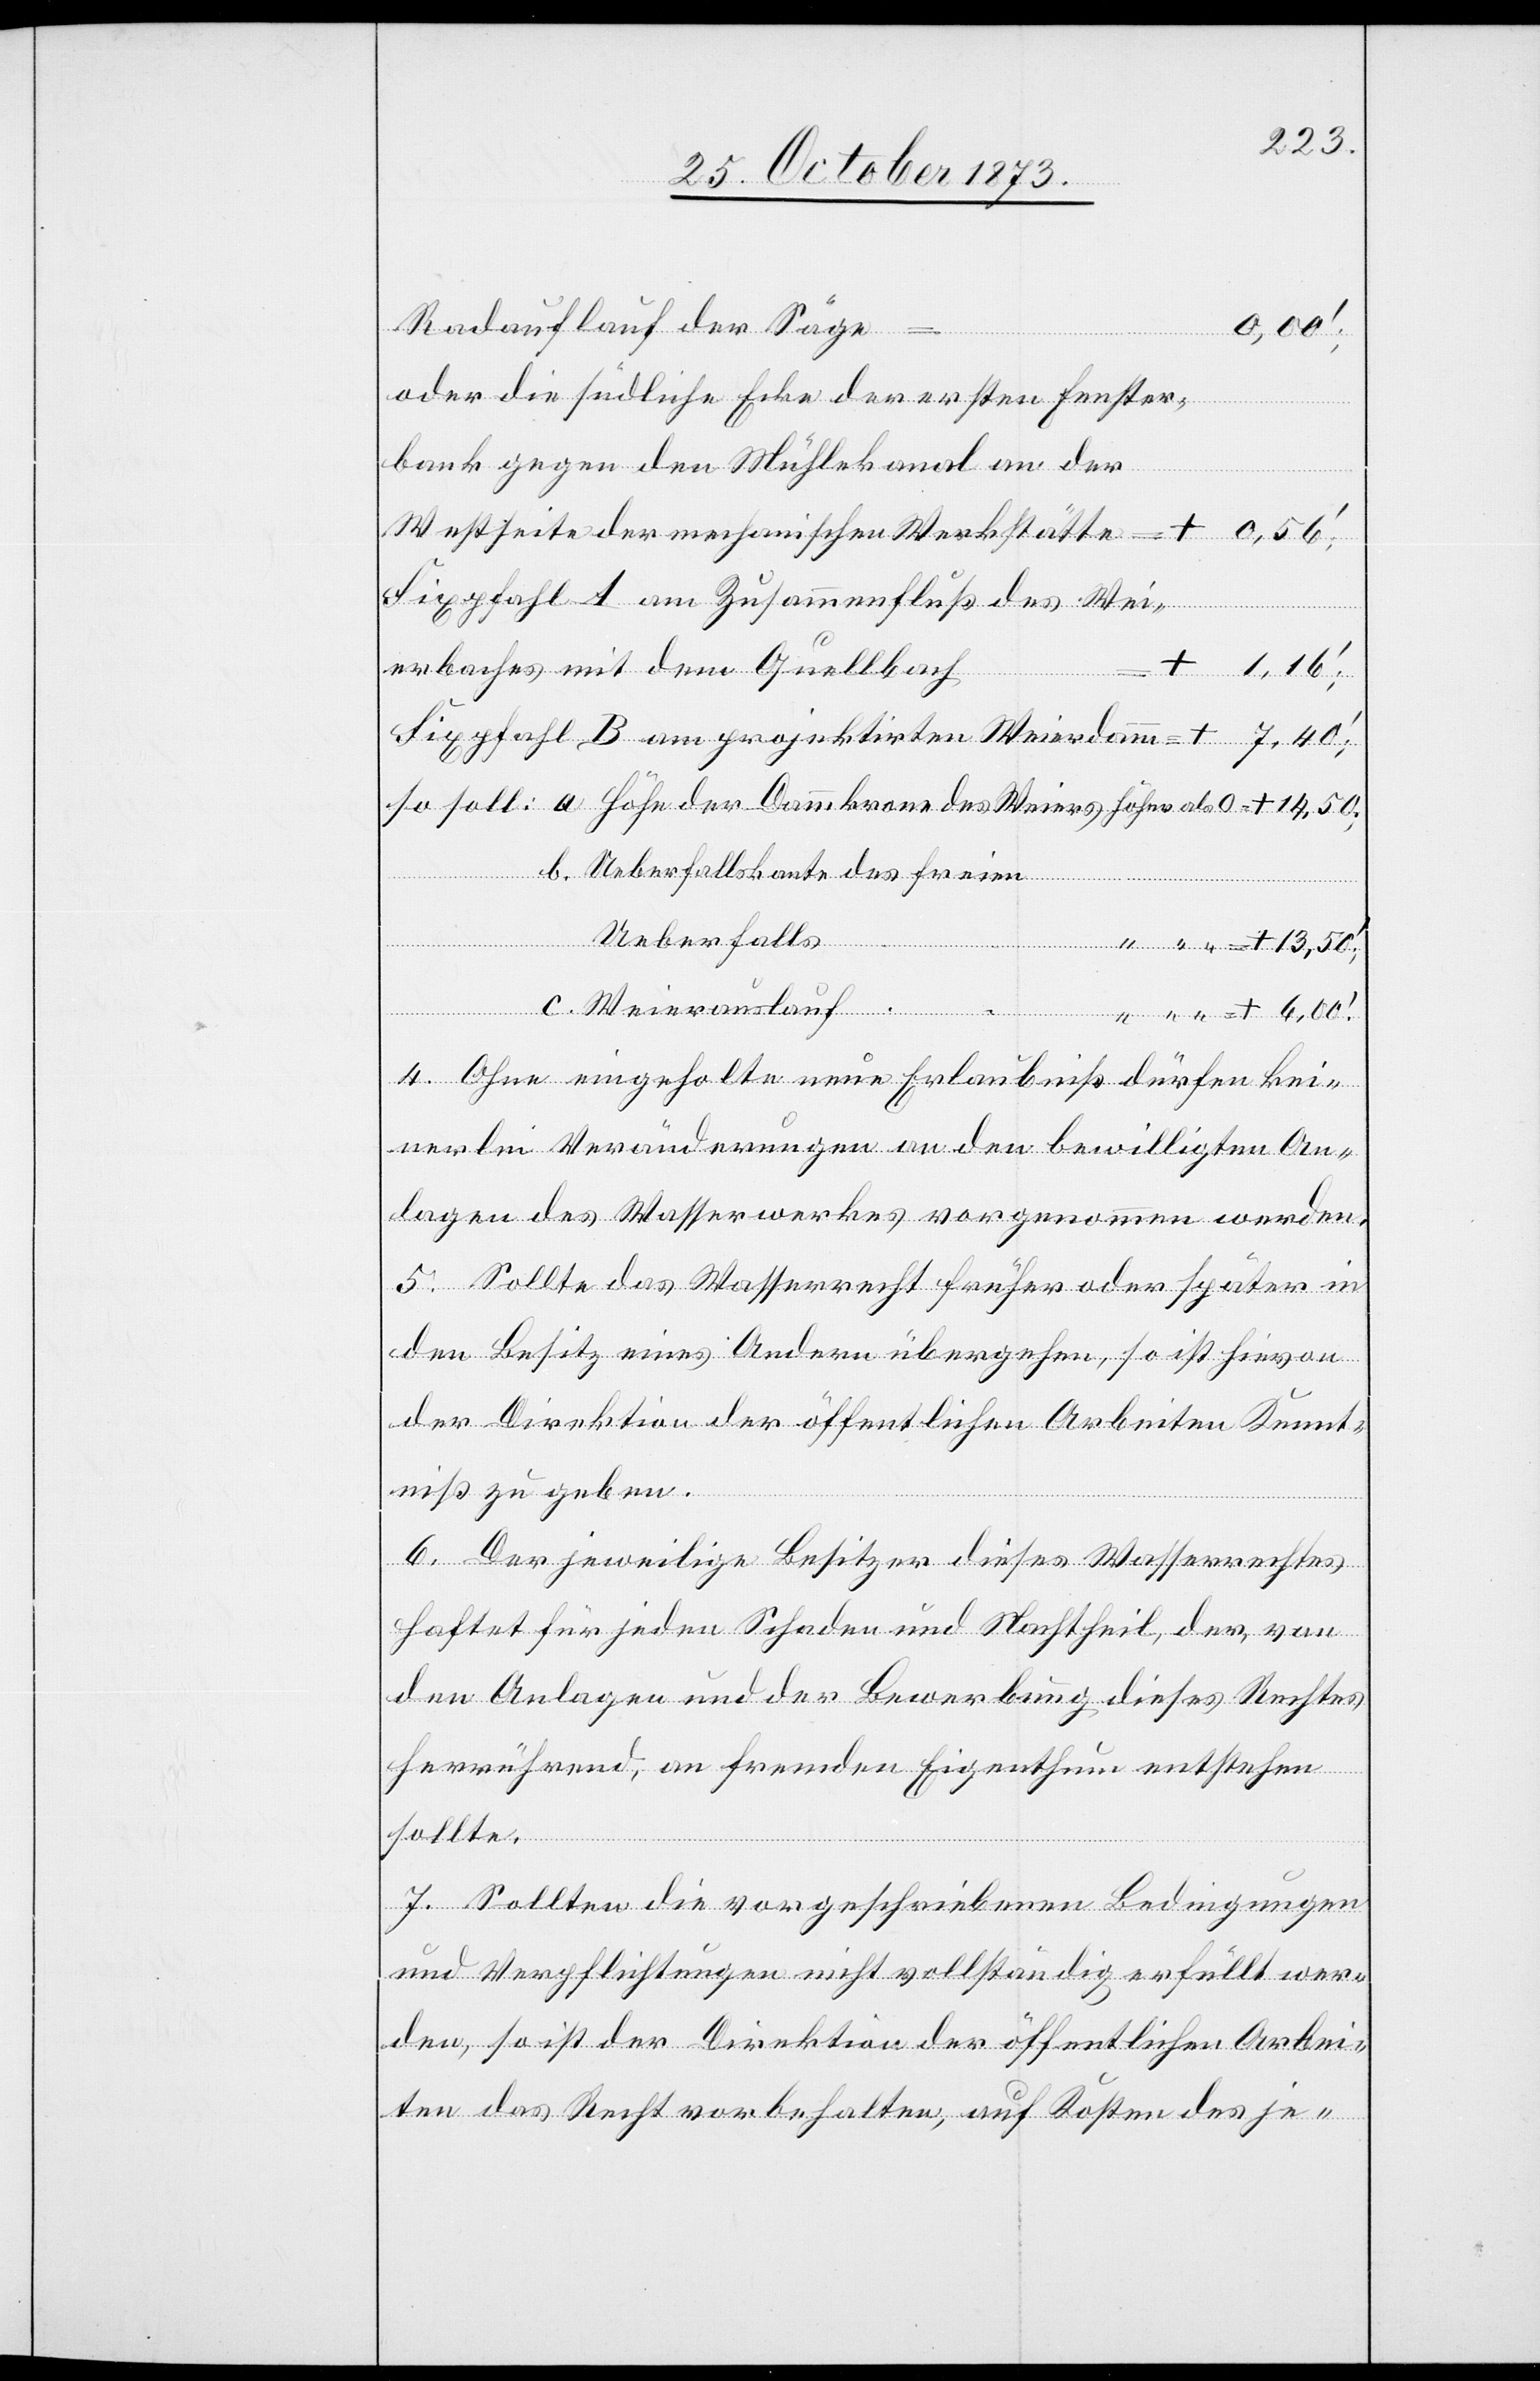
Radauflauf der Säge
6,00‘.
oder die südliche Ecke der ersten Fenster¬
bank gegen den Mühlekanal an der
Westseite der mechanischen Werkstätte =
Fixpfahl A am Zusammenfluß des Wei¬
erbaches mit dem Quellbach
+ 1,16‘;
Fixpfahl B am projektirten Weierdamm =
b. Ueberfallskante des freien
+
Ueberfalls
c. Weierauslauf
4. Ohne eingeholte neue Erlaubniß dürfen kei¬
nerlei Veränderungen an den bewilligten An¬
lagen des Wasserwerkes vorgenommen werden.
5. Sollte das Wasserrecht früher oder später in
den Besitz eines Andern übergehen, so ist hievon
der Direktion der öffentlichen Arbeiten Kennt¬
niß zu geben.
6. Der jeweilige Besitzer dieses Wasserrechtes
haftet für jeden Schaden und Nachtheil, der, von
den Anlagen und der Bewerbung diese Rechtes
herrührend, an fremden [sic!] Eigenthum entstehen
sollte.
7. Sollten die vorgeschriebenen Bedingungen
und Verpflichtungen nicht vollständig erfüllt wer¬
den, so ist der Direktion der öffentlichen Arbei¬
ten das Recht vorbehalten, auf Kosten des je-